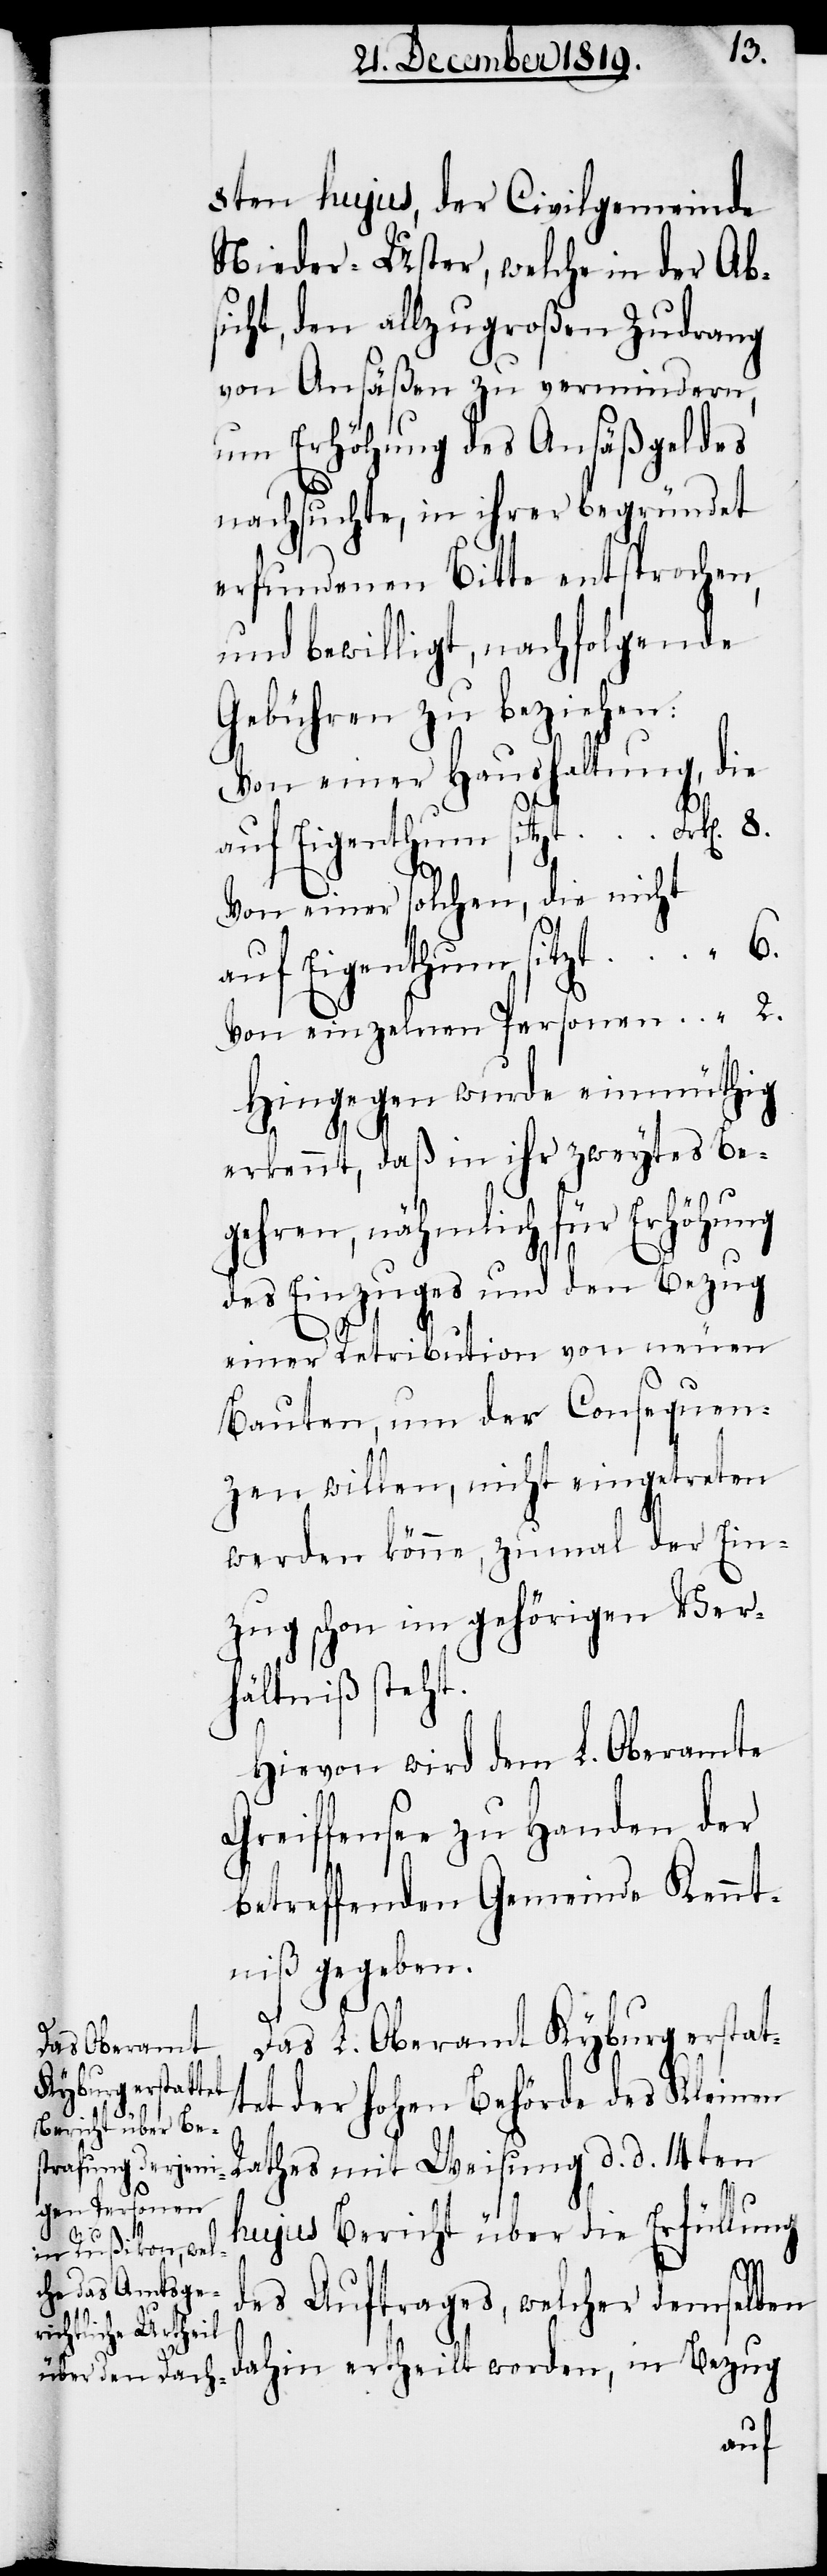
8ten hujus, der Civilgemeinde
Nieder-Uster, welche in der Abs¬
icht, den allzugroßen Zudrang
von Ansäßen zu vermindern,
um Erhöhung des Ansäßgeldes
nachsuchte, in ihrer begründet
erfundenen Bitte entsprochen,
und bewilligt, nachfolgende
Gebühren zu beziehen:
Von einer Haushaltung, die
Von einer solchen, die nicht
auf Eigenthum sitzt
Von einzelnen Personen
Hingegen wurde einmüthig
erkennt, daß in ihr zweytes Be¬
gehren, nähmlich für Erhöhung
des Einzuges und den Bezug
einer Retribution von neuen
Bauten, um der Consequen¬
zen willen, nicht eingetreten
werden könne, zumal der Ein¬
zug schon im gehörigen Ver¬
hältniß steht.
Hievon wird dem L. Oberamte
Greiffensee zu Handen der
betreffenden Gemeinde Kennt¬
niß gegeben.
Das L. Oberamt Kyburg erstat¬
tet der hohen Behörde des Kleinen
Rathes mit Weisung d. d. 14ten
8.
hujus Bericht über die Erfüllung
Bezug
des Auftrages, welcher demselben
dahin ertheilt